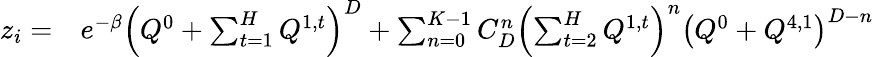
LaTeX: \begin{array}{rl}{z_{i}=}&{{}e^{-\beta}\left(Q^{0}+\sum_{t=1}^{H}Q^{1,t}\right)^{D}+\sum_{n=0}^{K-1}C_{D}^{n}\left(\sum_{t=2}^{H}Q^{1,t}\right)^{n}\left(Q^{0}+Q^{4,1}\right)^{D-n}}\end{array}